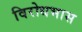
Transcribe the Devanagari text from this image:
विरोधभास